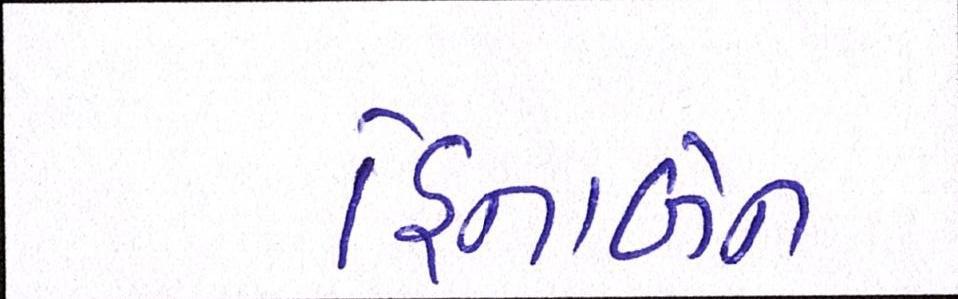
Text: હિનાબેન